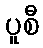
ပူစီ